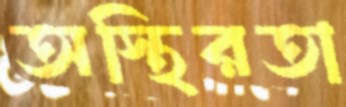
অস্থিরতা